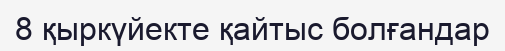
8 қыркүйекте қайтыс болғандар